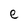
Character: e